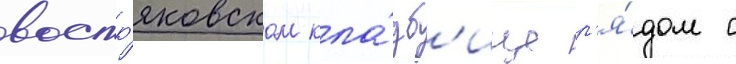
востр'яковском кла́дб'ище р'я́дом с